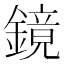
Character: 鏡